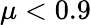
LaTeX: \mu<0.9